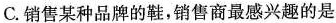
C.销售某种品牌的鞋，销售商最感兴趣的是